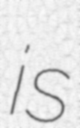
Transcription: is